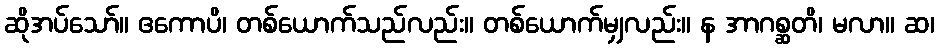
ဆိုအပ်သော်။ ဧကောပိ၊ တစ်ယောက်သည်လည်း။ တစ်ယောက်မျှလည်း။ န အာဂစ္ဆတိ၊ မလာ။ ဆ၊